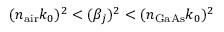
( n _ { \mathrm { a i r } } k _ { 0 } ) ^ { 2 } < ( \beta _ { j } ) ^ { 2 } < ( n _ { \mathrm { G a A s } } k _ { 0 } ) ^ { 2 }